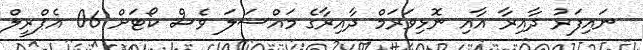
ނައިފަރު ދާއިރާ އާއި ނޮޅިވަރަމް ދާއިރާގެ މައްސަލަ ވެސް ކޯޓަށް 06 އެޕްރީލް